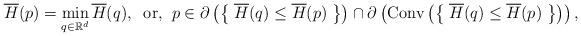
LaTeX: \begin{align*} \overline{H}(p)=\min_{q\in\mathbb{R}^d}\overline{H}(q),\;\;\textrm{or,}\;\; p\in\partial\left(\left\{\;\overline{H}(q)\leq\overline{H}(p)\;\right\}\right)\cap\partial\left(\textrm{Conv}\left(\left\{\;\overline{H}(q)\leq\overline{H}(p)\;\right\}\right)\right),\end{align*}